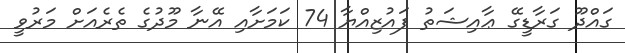
ގައްދޫ ގަރާޑީގޭ ޢާއިޝަތު ފައުޒިއްޔާ 74 ކަމަށާއި އޭނާ މޫދުގެ ތެރެއަށް މަރުވީ